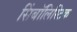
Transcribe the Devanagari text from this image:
सिंबॉलिस्टिक